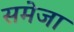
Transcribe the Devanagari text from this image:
समेजा